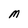
Character: M